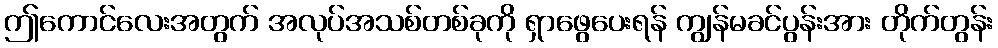
ဤကောင်လေးအတွက် အလုပ်အသစ်တစ်ခုကို ရှာဖွေပေးရန် ကျွန်မခင်ပွန်းအား တိုက်တွန်း